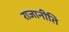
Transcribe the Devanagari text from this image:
राजानीति